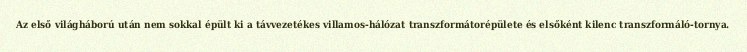
Az első világháború után nem sokkal épült ki a távvezetékes villamos-hálózat transzformátorépülete és elsőként kilenc transzformáló-tornya.